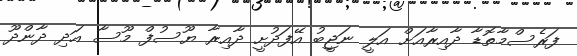
ފަރެސްމާތޮޑާ ދާއިރާއަށް އަލީ ނަޖީބު އޭފަދުށީ ދާއިރާ ޔޫސުފް މޫސާ އަދި ދާންދޫ